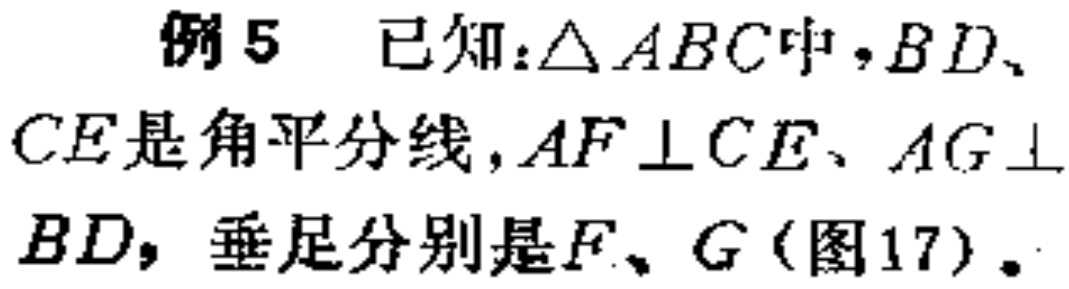
例5 已知：\(\triangle ABC\)中，\(BD\)、\(CE\)是角平分线，\(AF\perp CE\)、\(AG\perp BD\)，垂足分别是\(F\)、\(G\)（图17）。